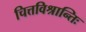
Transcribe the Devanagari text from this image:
चित्तविश्रान्तिः